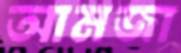
আমজা